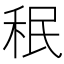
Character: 𥞔